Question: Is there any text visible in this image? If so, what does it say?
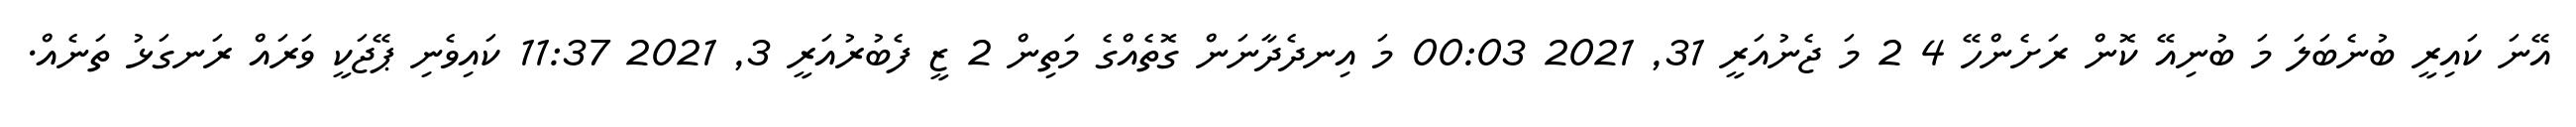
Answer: އޭނަ ކައިރީ ބުނެބަލަ މަ ބުނިއޭ ކޮން ރަށެންހޭ 4 2 މަ ޖެނުއަރީ 31, 2021 00:03 މަ އިނދެދާނަން ގޮތެއްގެ މަތިން 2 ޒީ ފެބުރުއަރީ 3, 2021 11:37 ކައިވެނި ޕޭޖަކީ ވަރައް ރަނގަޅު ތަނެއް.